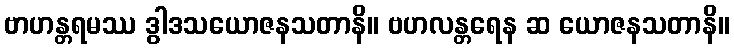
ဗာဟန္တရမဿ ဒွါဒသယောဇနသတာနိ။ ဗဟလန္တရေန ဆ ယောဇနသတာနိ။